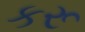
કરૂ